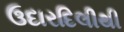
ઉદારદિલીથી